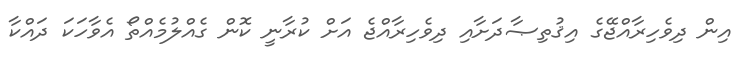
އިން ދިވެހިރާއްޖޭގެ އިޤުތިޞާދަށާއި ދިވެހިރާއްޖެ އަށް ކުރާނީ ކޮން ގެއްލުމެއްތޯ އެވާހަކަ ދައްކާ